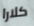
كلارا